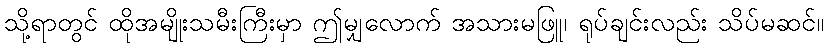
သို့ရာတွင် ထိုအမျိုးသမီးကြီးမှာ ဤမျှလောက် အသားမဖြူ၊ ရုပ်ချင်းလည်း သိပ်မဆင်။